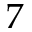
7